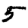
Digit: 5